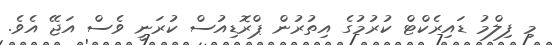
މި ފިލްމު ޑައިރެކްޓް ކުރުމުގެ އިތުރުން ޕްރޮޑިއުސް ކުރަނީ ވެސް އަޖޭ އެވެ.